Document type: Grant of rights
Year: 1280
Scribe: Pere Marc
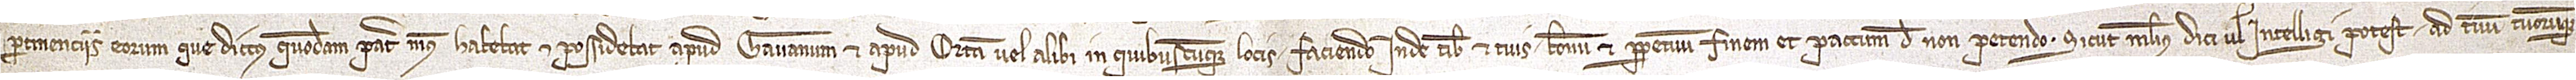
pertinenciis eorum que dictus quondam pater meus habebat et possidebat aud Gavanum et aput Ortam vel alibi in quibuscumque locis, faciendo inde tibi et tuis bonum et perpetuum finem et pactum de non petendo, sciut melius dici vel intelligi potest ad tuum tuorumque